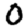
Digit: 0